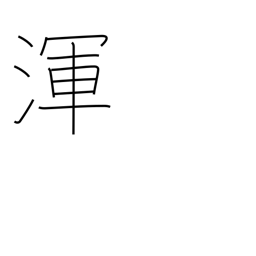
Meaning: all